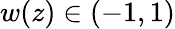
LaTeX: w(z)\in(-1,1)